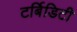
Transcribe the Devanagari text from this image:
टर्बिडिटी